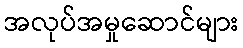
အလုပ်အမှုဆောင်များ